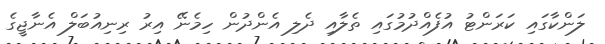
ލަންކާގައި ކަރަންޓު އުފެއްދުމުގައި ތެލާއި ދެލި އެންދުން ހިމެނޭ އިރު ރިނިއުބަލް އެނާޖީގެ